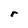
Character: r